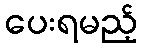
ပေးရမည့်